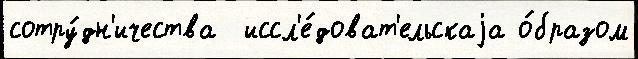
сотру́дн'ичества  иссл'е́доват'ельскаjа о́бразом